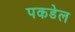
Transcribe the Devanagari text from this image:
पकडेल